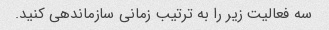
سه فعالیت زیر را به ترتیب زمانی سازماندهی کنید.